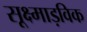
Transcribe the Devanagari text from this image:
सूक्ष्माड़विक